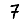
Digit: 7